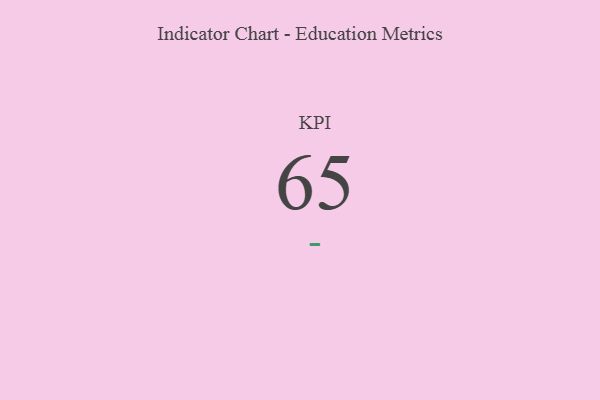
{"axis": {"x": "KPI", "y": "Value"}, "legend": [""], "data": [{"x": "KPI", "y": 65, "type": ""}]}